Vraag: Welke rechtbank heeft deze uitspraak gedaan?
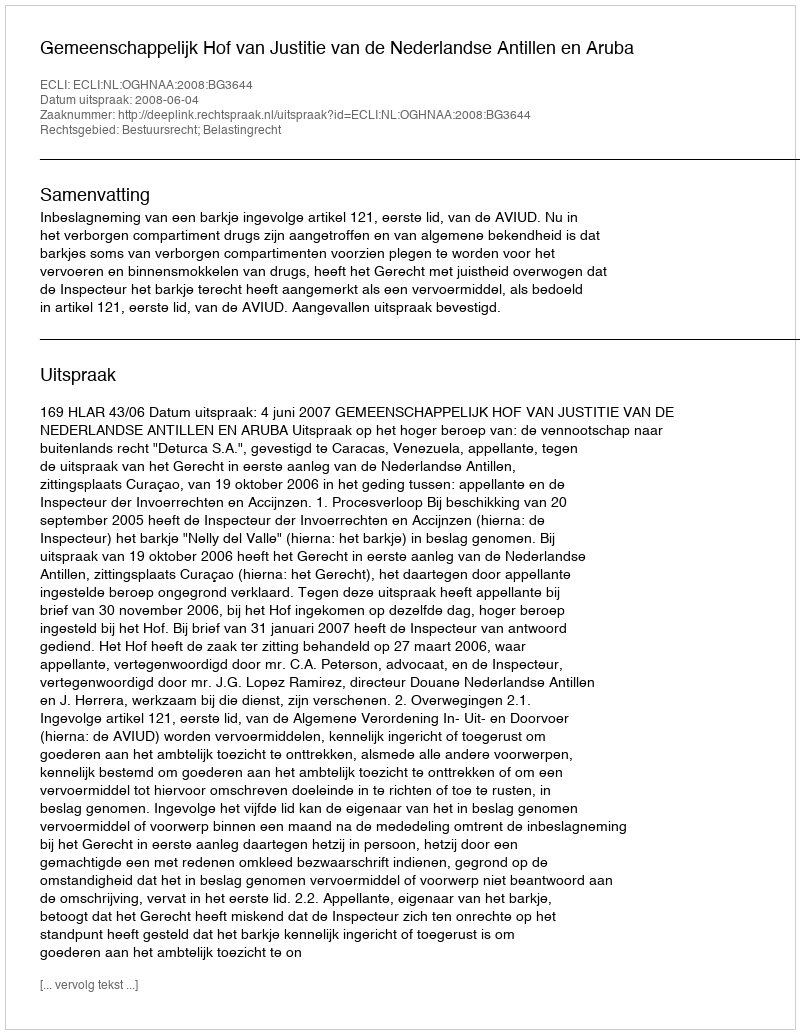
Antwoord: Gemeenschappelijk Hof van Justitie van de Nederlandse Antillen en Aruba